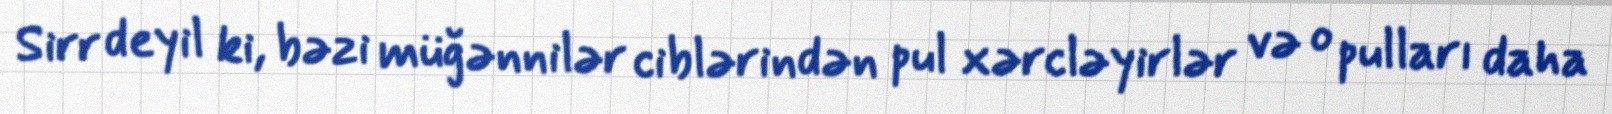
Sirr deyil ki, bəzi müğənnilər ciblərindən pul xərcləyirlər və o pulları daha